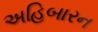
અહિબારન